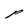
Character: p